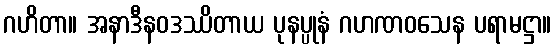
ဂဟိတာ။ အနာဒီနဝဒဿိတာယ ပုနပ္ပုနံ ဂဟဏဝသေန ပရာမဋ္ဌာ။